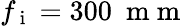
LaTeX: f_{\mathrm{~i~}}=300~\mathrm{~m~m~}